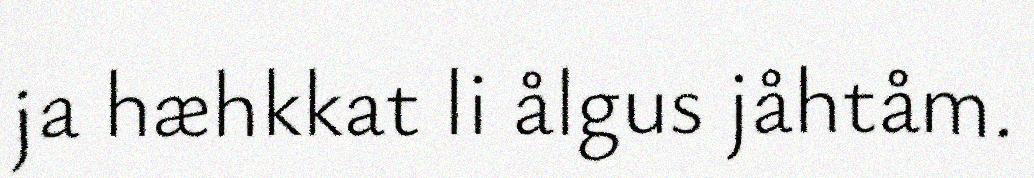
ja hæhkkat li ålgus jåhtåm.